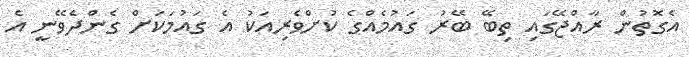
އެގޮތުން ރާއްޖޭގައި ތިބޭ ބޭރު ގައުމެއްގެ ކުށްވެރިއަކު އެ ގައުމަކަށް ގެންދެވޭނީ އެ